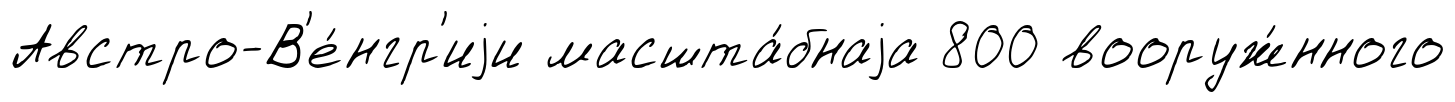
Австро-В'е́нгр'иjи масшта́бнаjа 800 вооруж́нного